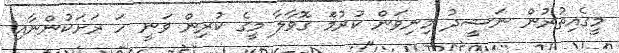
މީގެއިތުރުން ނަޝީދު މިނިވަން ކުރުމަް ގޮވާލާ މީގެ ކުރިން ވަނީ ހަ ރަށަކުންނާއި